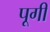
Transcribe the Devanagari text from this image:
पूगी